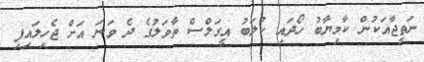
ނަތީޖާއަކުން ކާމިޔާބު ހޯދައި ކުލަބު އީގަލްސް ތާވަލުގެ ދެ ވަނަ އަށް ޖެހިލައިފި